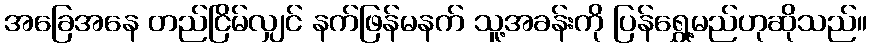
အခြေအနေ တည်ငြိမ်လျှင် နက်ဖြန်မနက် သူ့အခန်းကို ပြန်ရွှေ့မည်ဟုဆိုသည်။